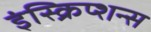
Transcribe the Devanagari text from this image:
इंस्क्रिप्शन्स